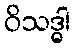
ဝိသဒ္ဓါ